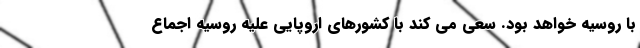
با روسیه خواهد بود. سعی می کند با کشورهای اروپایی علیه روسیه اجماع